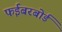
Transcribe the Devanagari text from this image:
फईबरबोर्ड